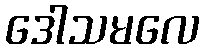
ဒေါသမလေ